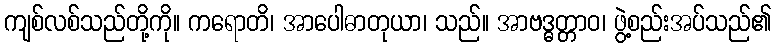
ကျစ်လစ်သည်တို့ကို။ ကရောတိ၊ အာပေါဓာတုယာ၊ သည်။ အာဗဒ္ဓတ္တာဝ၊ ဖွဲ့စည်းအပ်သည်၏